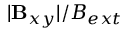
| \mathbf { B } _ { x y } | / B _ { e x t }